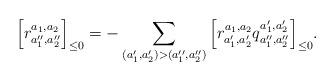
LaTeX: \begin{align*} \Big[r^{a_1,a_2}_{a''_1,a''_2}\Big]_{\le0}=-\sum\limits_{(a_1',a_2')>(a_1'',a_2'')} \Big[r^{a_1,a_2}_{a'_1,a'_2}q_{a_1'',a_2''}^{a_1',a_2'}\Big]_{\le0}. \end{align*}